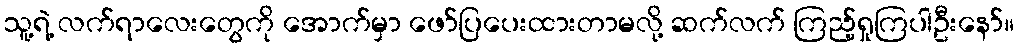
သူ့ရဲ့ လက်ရာလေးတွေကို အောက်မှာ ဖော်ပြပေးထားတာမလို့ ဆက်လက် ကြည့်ရှုကြပါဦးနော်။